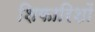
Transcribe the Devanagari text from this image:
शिफारिशों